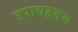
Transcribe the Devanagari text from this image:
उपायहृदय